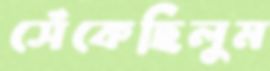
সেঁকেছিলুম